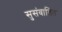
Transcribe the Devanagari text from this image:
सुसंवातित